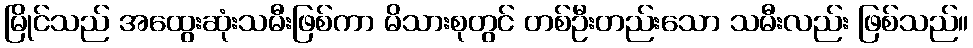
မြိုင်သည် အထွေးဆုံးသမီးဖြစ်ကာ မိသားစုတွင် တစ်ဦးတည်းသော သမီးလည်း ဖြစ်သည်။